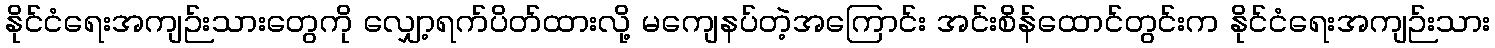
နိုင်ငံရေးအကျဉ်းသားတွေကို လျှော့ရက်ပိတ်ထားလို့ မကျေနပ်တဲ့အကြောင်း အင်းစိန်ထောင်တွင်းက နိုင်ငံရေးအကျဉ်းသား